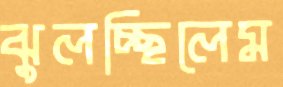
ঝুলচ্ছিলেম